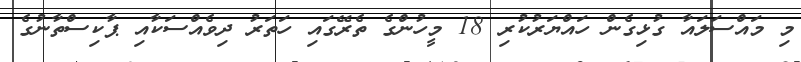
މި މައްސަލައާ ގުޅިގެން ހައްޔަރުކުރި 18 މީހުންގެ ތެރޭގައި ހަތަރު ދިވެއްސަކާއި ޕާކިސްތާނުގެ